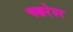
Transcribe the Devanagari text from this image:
चक्करेवर